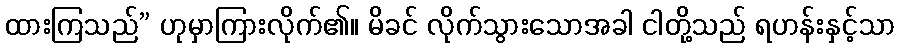
ထားကြသည်” ဟုမှာကြားလိုက်၏။ မိခင် လိုက်သွားသောအခါ ငါတို့သည် ရဟန်းနှင့်သာ